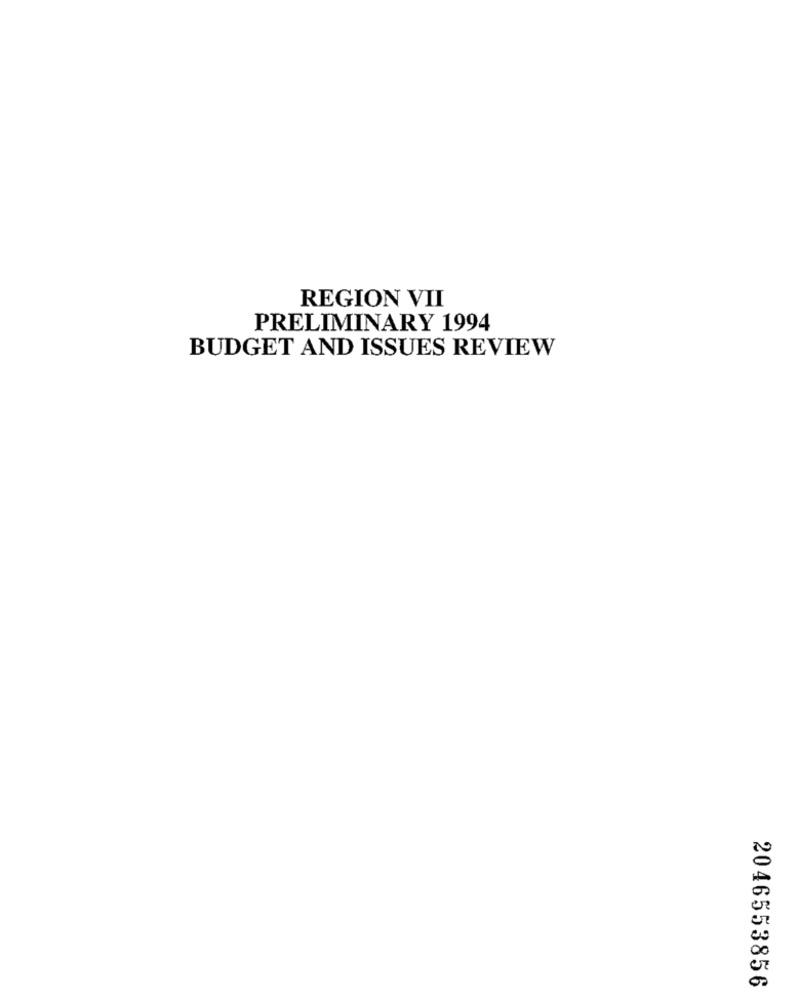
REGION VII
PRELIMINARY 1994
BUDGET AND ISSUES REVIEW
2046553856